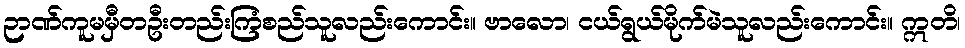
ဉာဏ်ကူမမှီတဦးတည်းကြံစည်သူလည်းကောင်း။ ဗာလော၊ ငယ်ရွယ်မိုက်မဲသူလည်းကောင်း။ ဣတိ၊